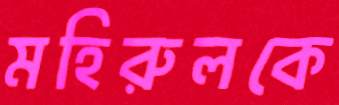
মহিরুলকে